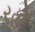
રહમ